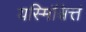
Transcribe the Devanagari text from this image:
यस्मिंश्चित्तं